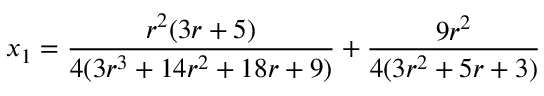
x _ { 1 } = \frac { r ^ { 2 } ( 3 r + 5 ) } { 4 ( 3 r ^ { 3 } + 1 4 r ^ { 2 } + 1 8 r + 9 ) } + \frac { 9 r ^ { 2 } } { 4 ( 3 r ^ { 2 } + 5 r + 3 ) }